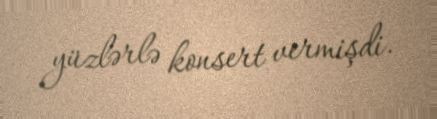
yüzlərlə konsert vermişdi.